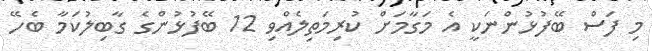
މި ފަސް ބޭފުޅުންނަކީ އެ މަގާމަށް ކުރިމަތިލެއްވި 12 ބޭފުޅުންގެ ގާބިލުކަމާ ބެހޭ